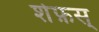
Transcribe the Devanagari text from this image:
शेफ़स्